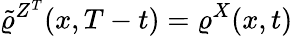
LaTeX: \tilde{\varrho}^{Z^{T}}(x,T-t)=\varrho^{X}(x,t)